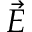
\Vec { E }